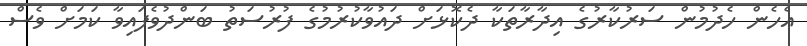
އެހެން ހެދުމުން ސަރުކާރުގެ އިދާރާތަކާ ދެކޮޅަށް ދައުވާކުރުމުގެ ފުރުސަތު ބަންދުވެފައިވާ ކަމަށް ވެސް